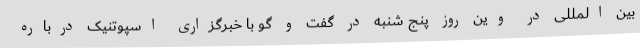
بین المللی در وین روز پنج شنبه در گفت و گو با خبرگزاری اسپوتنیک درباره